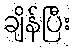
ချိန်ပြီး